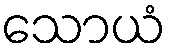
သောယံ